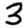
Digit: 3